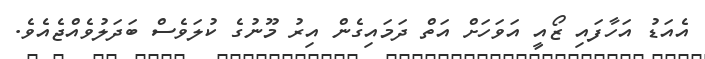
އެއަޑު އަހާފައި ޒޯއީ އަވަހަށް އަތް ދަމައިގެން އިރު މޫނުގެ ކުލަވެސް ބަދަލުވެއްޖެއެވެ.